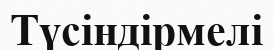
Түсіндірмелі